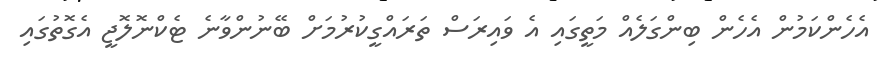
އެހެންކަމުން އެހެން ބިންގަލެއް މަތީގައި އެ ވައިރަސް ތަރައްގީކުރުމަށް ބޭނުންވާނެ ޓެކްނޮލޮޖީ އެގޮތުގައި